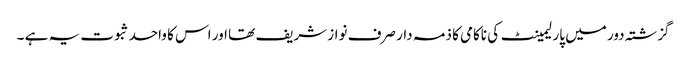
گزشتہ دور میں پارلیمینٹ کی ناکامی کا ذمہ دار صرف نواز شریف تھا اور اس کا واحد ثبوت یہ ہے ۔